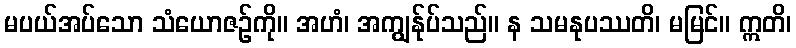
မပယ်အပ်သော သံယောဇဉ်ကို။ အဟံ၊ အကျွန်ုပ်သည်။ န သမနုပဿတိ၊ မမြင်။ ဣတိ၊